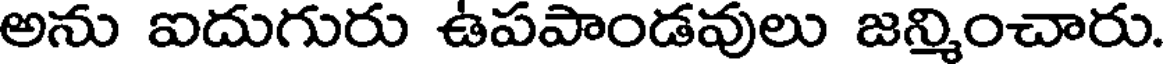
అను ఐదుగురు ఉపపాండవులు జన్మించారు.